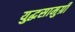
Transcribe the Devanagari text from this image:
युद्धसामुग्री